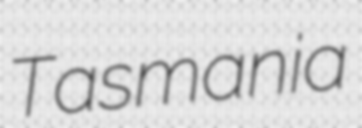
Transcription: Tasmania